Regulations for the medical services of the Army of India
Year: 1930
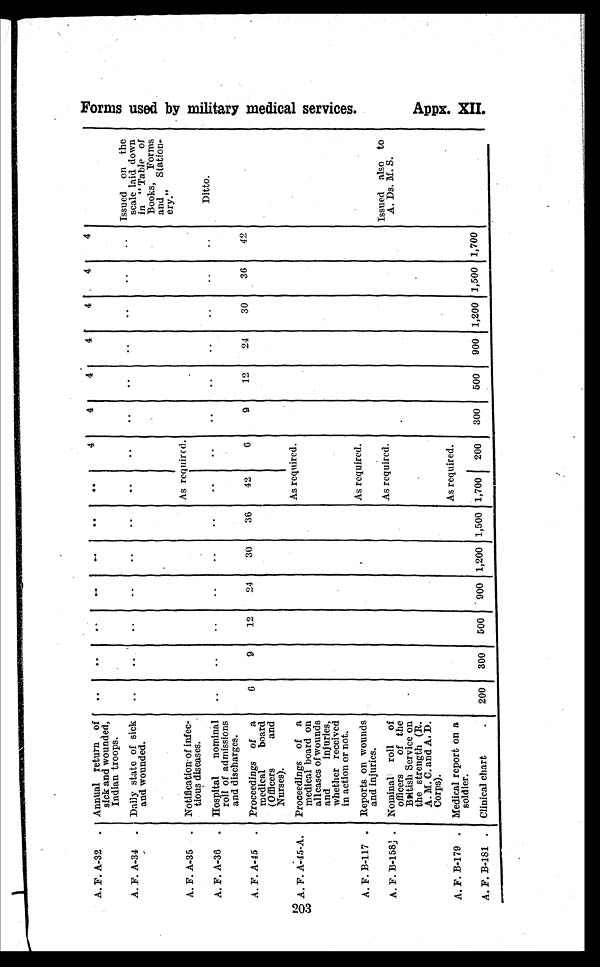
A. F. A-32 . Annual return of
sick and wounded,
Indian troops.
..
. .
. .
. .
. .
. . ..
4
4
4
4
4
4
4
A. F. A-34 . Daily state of sick
and wounded.
..
..
..
..
..
..
..
..
..
..
..
..
..
.. Issued on the
scale laid down
in " Table of
Books, Forms
and Station-
ery."
A. F. A-35 . Notification of infec
tious diseases.
As required.
A. F. A-36 . Hospital nominal
roll of admissions
and discharges.
..
..
..
..
..
..
..
..
..
..
..
..
..
..
Ditto.
A. F. A-45 . Proceedings of a
medical
board
(Officers
and
Nurses).
6
9
12
24
30
36
42
6
9
12
24
30
36
42
A. F. A-45-A. Proceedings of a
medical board on
alleases of wounds
and
injuries,
whether received
in action or not.
As required.
A. F. B-117 . Reports on wound
and injuries.
As required.
A. F. B-158 . Nominal roll of
officers of the
British Service on
the strength (R.
A. M. C. and A, D.
Corps).
As required.
Issued also to
A. Ds. M. S.
A. F. B-179 . Medical report on a
soldier.
As required.
A. F. B-181 . Clinical chart
.
200 300 500 900 1,200 1,500 1,700 200 300 500 900 1,200 1,500 1,700
F o r m s u s e d b y m i l i t a r y m e d i c a l s e r v i c e s .
Appx. XI I .